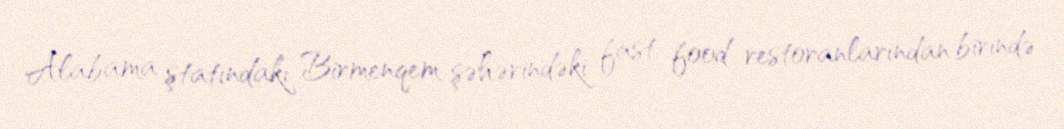
Alabama ştatındakı Birmenqem şəhərindəki fast food restoranlarından birində